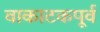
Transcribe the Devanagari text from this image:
वाकाटकपूर्व